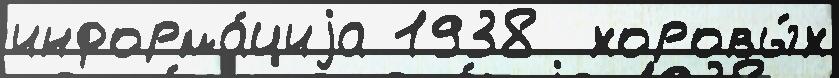
информа́циjа 1938  хоровы́х